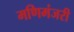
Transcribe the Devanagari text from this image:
मणिमंजरी